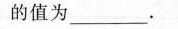
的值为___.